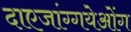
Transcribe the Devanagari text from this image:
दाएजांग्गयेओंग